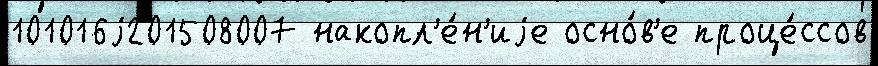
101016j201508007 накопл'е́н'иjе осно́в'е проце́ссов